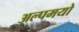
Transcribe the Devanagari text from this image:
अल्पमयो